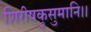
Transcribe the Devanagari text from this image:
शिरीषकुसुमानि।।